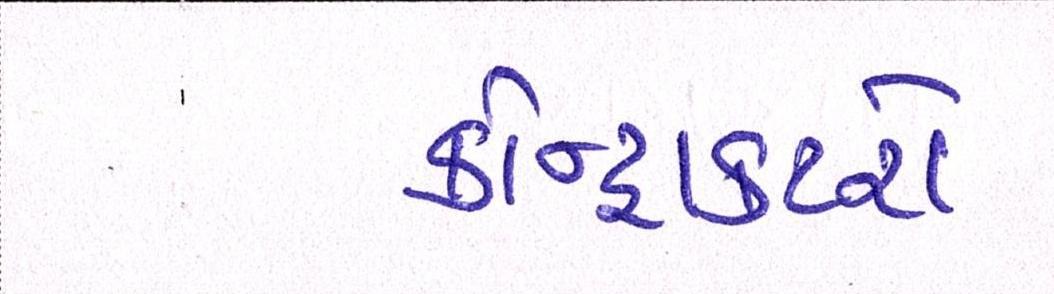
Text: કોન્ટ્રાક્ટરો